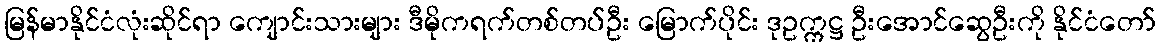
မြန်မာနိုင်ငံလုံးဆိုင်ရာ ကျောင်းသားများ ဒီမိုကရက်တစ်တပ်ဦး မြောက်ပိုင်း ဒုဥက္ကဋ္ဌ ဦးအောင်ဆွေဦးကို နိုင်ငံတော်